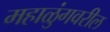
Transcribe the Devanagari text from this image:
महाळुंगवरील